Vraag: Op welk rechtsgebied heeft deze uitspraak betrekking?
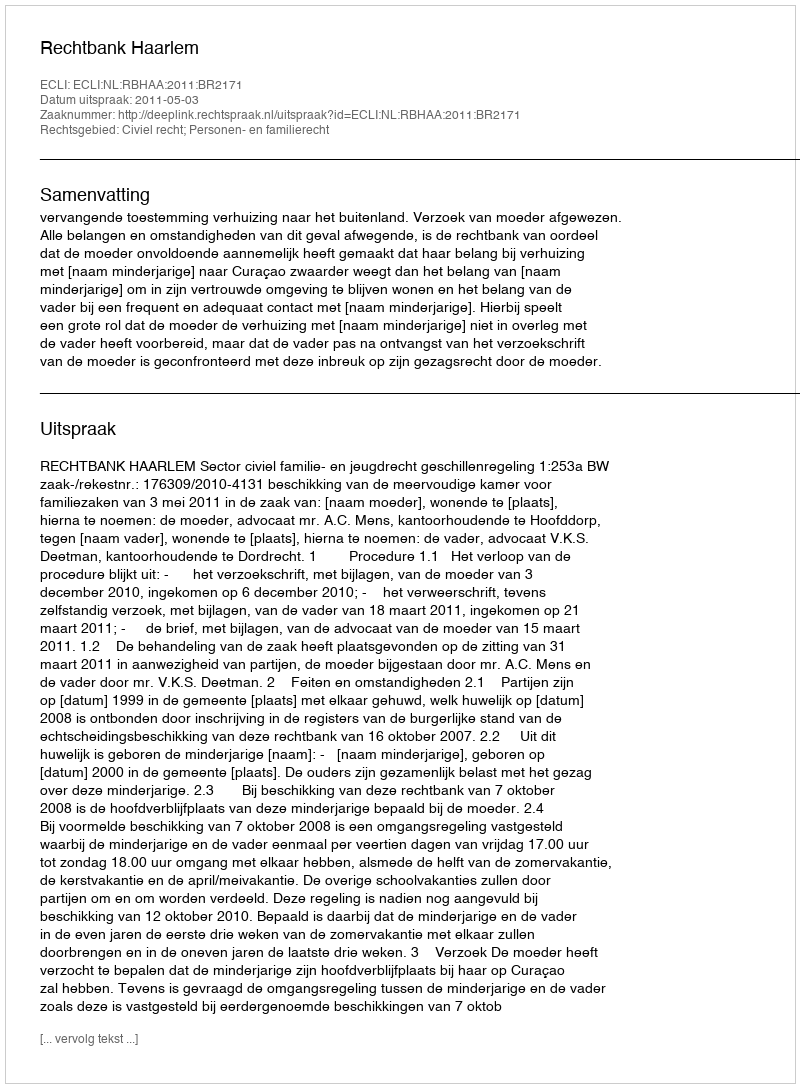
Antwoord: Civiel recht; Personen- en familierecht